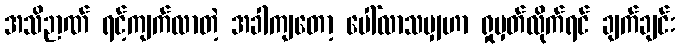
အသိဉာဏ် ရင့်ကျက်လာတဲ့ အခါကျတော့ ပေါ်လာသမျှဟာ ရှုမှတ်လိုက်ရင် ချက်ချင်း